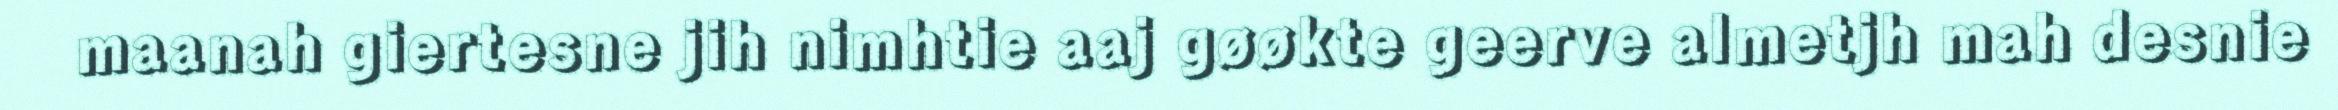
maanah giertesne jih nimhtie aaj gøøkte geerve almetjh mah desnie